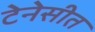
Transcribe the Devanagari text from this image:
टेनेसीत